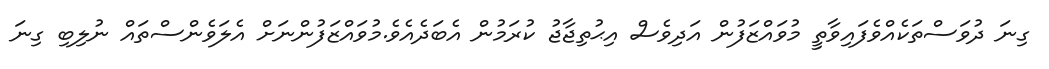
ގިނަ ދުވަސްތަކެއްވެފައިވާތީ މުވައްޒަފުން އަދިވެސް އިޙުތިޖާޖު ކުރަމުން އެބަދެއެވެ.މުވައްޒަފުންނަށް އެލަވެންސްތައް ނުލިބި ގިނަ